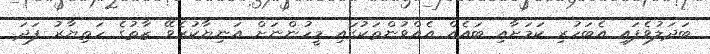
ބަދަލުވެފައި އެބަހުރި ކަމަށާއި ބައެއް އެއްވުންތަކުގައި މީހުންނަށް އަނިޔާކުރެވޭ ޒާތުގެ ހަތިޔާރު ފަދަ